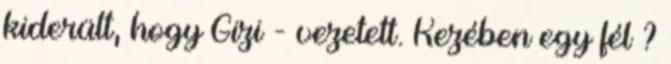
kiderült, hogy Gizi - vezetett. Kezében egy fél ?